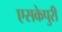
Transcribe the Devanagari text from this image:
एसकेपुरी